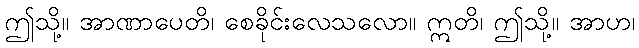
ဤသို့။ အာဏာပေတိ၊ စေခိုင်းလေသလော။ ဣတိ၊ ဤသို့။ အာဟ၊